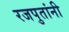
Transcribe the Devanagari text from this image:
रजपुतांनी